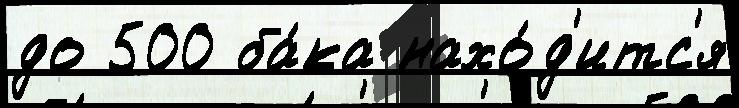
до 500 ба́ка нахо́д'итс'я